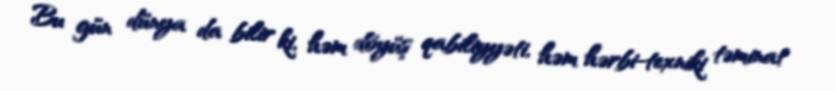
Bu gün dünya da bilir ki, həm döyüş qabiliyyəti, həm hərbi-texniki təminat